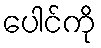
ပေါင်ကို